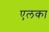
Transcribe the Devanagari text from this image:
एलका